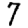
Digit: 7